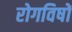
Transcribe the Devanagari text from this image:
रोगविषों